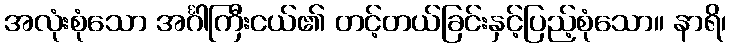
အလုံးစုံသော အင်္ဂါကြီးငယ်၏ တင့်တယ်ခြင်းနှင့်ပြည့်စုံသော။ နာရိ၊